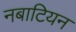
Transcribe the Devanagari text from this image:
नबाटियन